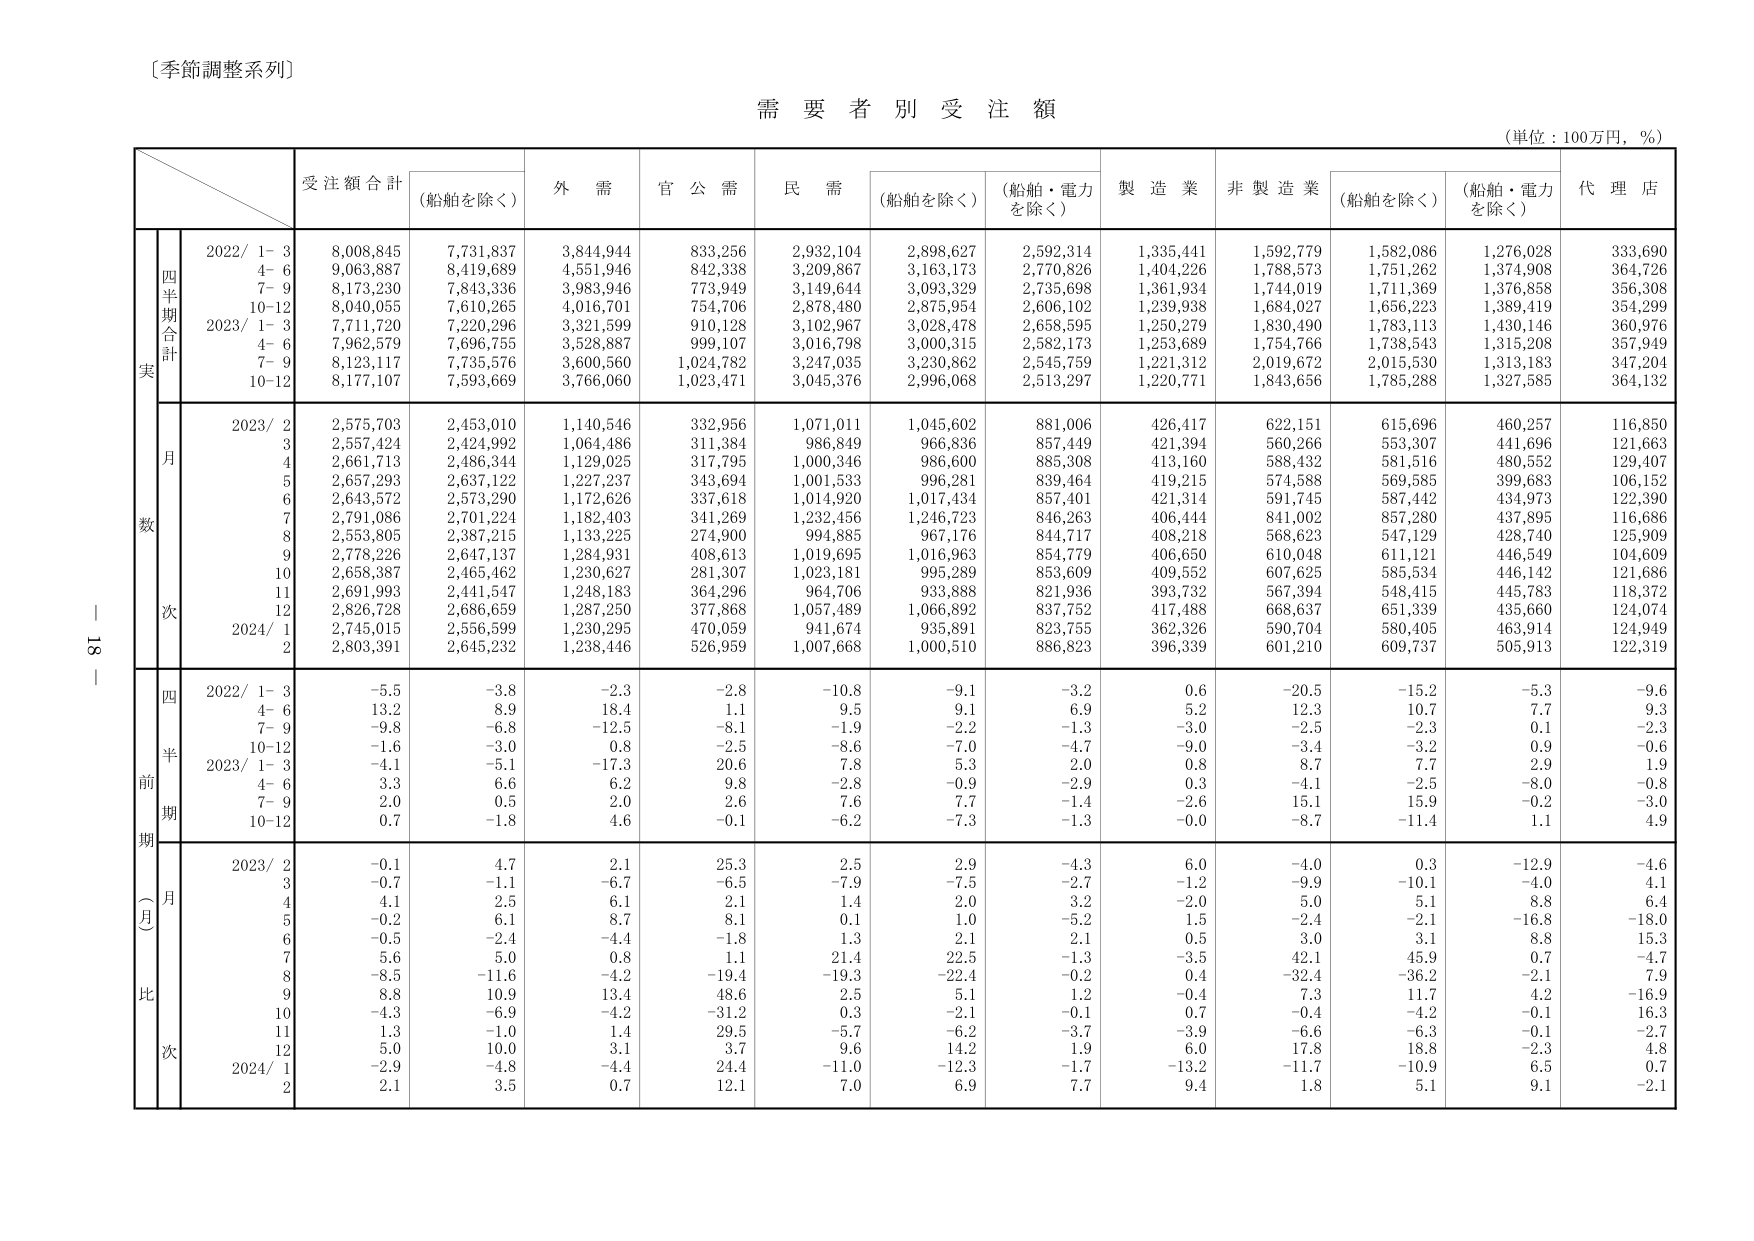
〔季節調整系列〕

需要者別受注額

（単位：100万円，％）

受注額合計　（船舶を除く）
外需　官公需　民需　（船舶を除く）　（船舶・電力を除く）
製造業　非製造業　（船舶を除く）　（船舶・電力を除く）　代理店

四半期合計
2022/ 1-3　8,008,845　7,731,837　3,844,944　833,256　2,932,104　2,898,627　2,592,314　1,335,441　1,592,779　1,582,086　1,276,028　333,690
　4-6　9,063,887　8,419,689　4,551,946　842,338　3,209,867　3,163,173　2,770,826　1,404,226　1,788,573　1,751,262　1,374,908　364,726
　7-9　8,173,230　7,843,336　3,983,946　773,949　3,149,644　3,093,329　2,735,698　1,361,934　1,744,019　1,711,369　1,376,858　356,308
　10-12　8,040,055　7,610,265　4,016,701　754,706　2,878,480　2,875,954　2,606,102　1,239,938　1,684,027　1,656,223　1,389,419　354,299
2023/ 1-3　7,711,720　7,220,296　3,321,599　910,128　3,102,967　3,028,478　2,658,595　1,250,279　1,830,490　1,783,113　1,430,146　360,976
　4-6　7,962,579　7,696,755　3,528,887　999,107　3,016,798　3,000,315　2,582,173　1,253,689　1,754,766　1,738,543　1,315,208　357,949
　7-9　8,123,117　7,735,576　3,600,560　1,024,782　3,247,035　3,230,862　2,545,759　1,221,312　2,019,672　2,015,530　1,313,183　347,204
　10-12　8,177,107　7,593,669　3,766,060　1,023,471　3,045,376　2,996,068　2,513,297　1,220,771　1,843,656　1,785,288　1,327,585　364,132

月次
2023/ 2　2,575,703　2,453,010　1,140,546　332,956　1,071,011　1,045,602　881,006　426,417　622,151　615,696　460,257　116,850
　3　2,557,424　2,424,992　1,064,486　311,384　986,849　966,836　857,449　421,394　560,266　553,307　441,696　121,663
　4　2,661,713　2,486,344　1,129,025　317,795　1,000,346　986,600　885,308　413,160　588,432　581,516　480,552　129,407
　5　2,657,293　2,637,122　1,227,237　343,694　1,001,533　996,281　839,464　419,215　574,588　569,585　399,683　106,152
　6　2,643,572　2,573,290　1,172,626　337,618　1,014,920　1,017,434　857,401　421,314　591,745　587,442　434,973　122,390
　7　2,791,086　2,701,224　1,182,403　341,269　1,232,456　1,246,723　846,263　406,444　841,002　857,280　437,895　116,686
　8　2,553,805　2,387,215　1,133,225　274,900　994,885　967,176　844,717　408,218　568,623　547,129　428,740　125,909
　9　2,778,226　2,647,137　1,284,931　408,613　1,019,695　1,016,963　854,779　406,650　610,048　611,121　446,549　104,609
　10　2,658,387　2,465,462　1,230,627　281,307　1,023,181　995,289　853,609　409,552　607,625　585,534　446,142　121,686
　11　2,691,993　2,441,547　1,248,183　364,296　964,706　933,888　821,936　393,732　567,394　548,415　445,783　118,372
　12　2,826,728　2,686,659　1,287,250　377,868　1,057,489　1,066,892　837,752　417,488　668,637　651,339　435,660　124,074
2024/ 1　2,745,015　2,556,599　1,230,295　470,059　941,674　935,891　823,755　362,326　590,704　580,405　463,914　124,949
　2　2,803,391　2,645,232　1,238,446　526,959　1,007,668　1,000,510　886,823　396,339　601,210　609,737　505,913　122,319

四半期前期比（月次）
2022/ 1-3　-5.5　-3.8　-2.3　-2.8　-10.8　-9.1　-3.2　0.6　-20.5　-15.2　-5.3　-9.6
　4-6　13.2　8.9　18.4　1.1　9.5　9.1　6.9　5.2　12.3　10.7　7.7　9.3
　7-9　-9.8　-6.8　-12.5　-8.1　-1.9　-2.2　-1.3　-3.0　-2.5　-2.3　0.1　-2.3
　10-12　-1.6　-3.0　0.8　-2.5　-8.6　-7.0　-4.7　-9.0　-3.4　-3.2　0.9　-0.6
2023/ 1-3　-4.1　-5.1　-17.3　20.6　7.8　5.3　2.0　0.8　8.7　7.7　2.9　1.9
　4-6　3.3　6.6　6.2　9.8　-2.8　-0.9　-2.9　0.3　-4.1　-2.5　-8.0　-0.8
　7-9　2.0　0.5　2.0　2.6　7.6　7.7　-1.4　-2.6　15.1　15.9　-0.2　-3.0
　10-12　0.7　-1.8　4.6　-0.1　-6.2　-7.3　-1.3　-0.0　-8.7　-11.4　1.1　4.9

月比
2023/ 2　-0.1　4.7　2.1　25.3　2.5　2.9　-4.3　6.0　-4.0　0.3　-12.9　-4.6
　3　-0.7　-1.1　-6.7　-6.5　-7.9　-7.5　-2.7　-1.2　-9.9　-10.1　-4.0　4.1
　4　4.1　2.5　6.1　2.1　1.4　2.0　3.2　-2.0　5.0　5.1　8.8　6.4
　5　-0.2　6.1　8.7　8.1　0.1　1.0　-5.2　1.5　-2.4　-2.1　-16.8　-18.0
　6　-0.5　-2.4　-4.4　-1.8　1.3　2.1　2.1　0.5　3.0　3.1　8.8　15.3
　7　5.6　5.0　0.8　1.1　21.4　22.5　-1.3　-3.5　42.1　45.9　0.7　-4.7
　8　-8.5　-11.6　-4.2　-19.4　-19.3　-22.4　-0.2　0.4　-32.4　-36.2　-2.1　7.9
　9　8.8　10.9　13.4　48.6　2.5　5.1　1.2　-0.4　7.3　11.7　4.2　-16.9
　10　-4.3　-6.9　-4.2　-31.2　0.3　-2.1　-0.1　0.7　-0.4　-4.2　-0.1　16.3
　11　1.3　-1.0　1.4　29.5　-5.7　-6.2　-3.7　-3.9　-6.6　-6.3　-0.1　-2.7
　12　5.0　10.0　3.1　3.7　9.6　14.2　1.9　6.0　17.8　18.8　-2.3　4.8
2024/ 1　-2.9　-4.8　-4.4　24.4　-11.0　-12.3　-1.7　-13.2　-11.7　-10.9　6.5　0.7
　2　2.1　3.5　0.7　12.1　7.0　6.9　7.7　9.4　1.8　5.1　9.1　-2.1

- 18 -